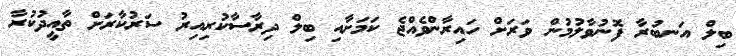
ބިލް އަނބުރާ ފޮނުވާލުމުން ވަރަށް ހައިރާންވެއްޖެ ކަމަށާއި ބިލް ދިރާސާކުރިއިރު ސަރުކާރަށް ތާއީދުކުރާ